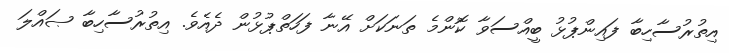
އިތުރުސާހިބާ ފައިންޕުޅު ބީއްސަވާ ކޮންމެ ތަނަކަށް އޭނާ ފަހަތްޕުޅުން ދެއެވެ. އިތުރުސާހިބާ ޞައްލަ